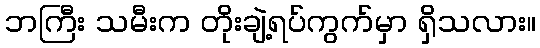
ဘကြီး သမီးက တိုးချဲ့ရပ်ကွက်မှာ ရှိသလား။